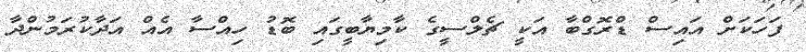
ފަހަކަށް އައިސް ޑްރޮގްބާ އަކީ ޗެލްސީގެ ކާމިޔާބީގައި ބޮޑު ހިއްސާ އެއް އަދާކުރަމުންދާ